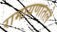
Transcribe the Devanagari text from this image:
रामायणातले